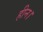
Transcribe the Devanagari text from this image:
हीन।